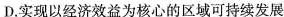
D.实现以经济效益为核心的区域可持续发展